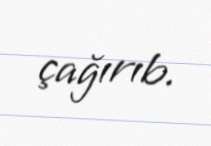
çağırıb.